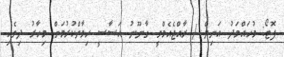
ފޮޓޯ: މުހައްމަދު އަނިލް / ރާއްޖެއެމްވީ ގާނޫނު އަސާސީ ހިމާތްކުރުމަށް މިހާރު ދިވެހި